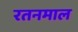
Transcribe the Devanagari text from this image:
रतनमाल